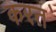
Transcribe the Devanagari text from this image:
करत॓